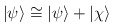
\begin{align*}|\psi\rangle\cong|\psi\rangle +|\chi\rangle\end{align*}